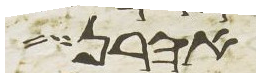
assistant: אהרן